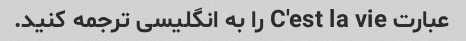
عبارت C'est la vie را به انگلیسی ترجمه کنید.